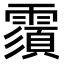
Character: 𩅺